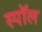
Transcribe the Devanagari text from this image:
स्पॉल